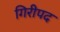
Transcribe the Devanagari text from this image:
गिरीपद